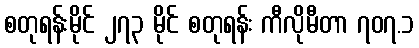
စတုရန်းမိုင် ၂၇၃ မိုင် စတုရန်း ကီလိုမီတာ ၇၀၇.၁